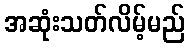
အဆုံးသတ်လိမ့်မည်